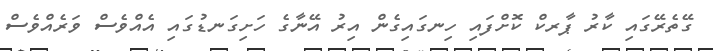
ގޭތެރޭގައި ކާރު ޕާރކް ކޮށްފައި ހިނގައިގެން އިރު އޭނާގެ ހަށިގަނޑުގައި އެއްވެސް ވަރެއްވެސް